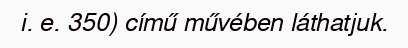
i. e. 350) című művében láthatjuk.